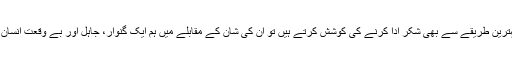
ہم جب اللہ کی نعمتوں کا بہترین طریقے سے بھی شکر ادا کرنے کی کوشش کرتے ہیں تو ان کی شان کے مقابلے میں ہم ایک گنوار، جاہل اور بے وقعت انسان سے زیادہ کچھ نہیں ہوتے۔